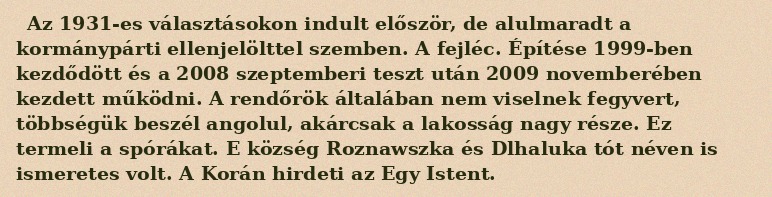
Az 1931-es választásokon indult először, de alulmaradt a kormánypárti ellenjelölttel szemben. A fejléc. Építése 1999-ben kezdődött és a 2008 szeptemberi teszt után 2009 novemberében kezdett működni. A rendőrök általában nem viselnek fegyvert, többségük beszél angolul, akárcsak a lakosság nagy része. Ez termeli a spórákat. E község Roznawszka és Dlhaluka tót néven is ismeretes volt. A Korán hirdeti az Egy Istent.